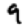
Digit: 9